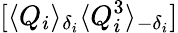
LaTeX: [\langle Q_{i}\rangle_{\delta_{i}}\langle Q_{i}^{3}\rangle_{-\delta_{i}}]